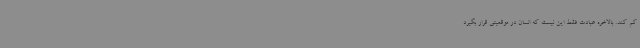
کم کند. بالاخره عبادت فقط این نیست که انسان در موقعیتی قرار بگیرد